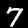
Digit: 7